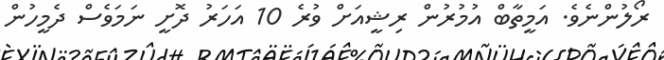
ރޯލުންނެވެ. އަމީތާބް އުމުރުން ރިޝީއަށް ވުރެ 10 އަހަރު ދޮށީ ނަމަވެސް ދެމީހުން